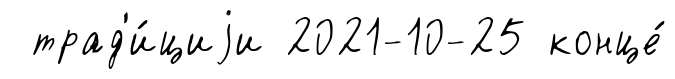
трад'и́циjи 2021-10-25 конце́